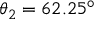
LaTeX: \theta _ { 2 } = 6 2 . 2 5 ^ { \circ }